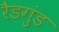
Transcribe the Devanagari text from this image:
रैडगुंड